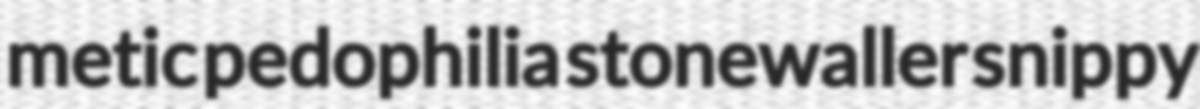
metic pedophilia stonewaller snippy